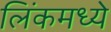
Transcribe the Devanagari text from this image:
लिंकमध्ये